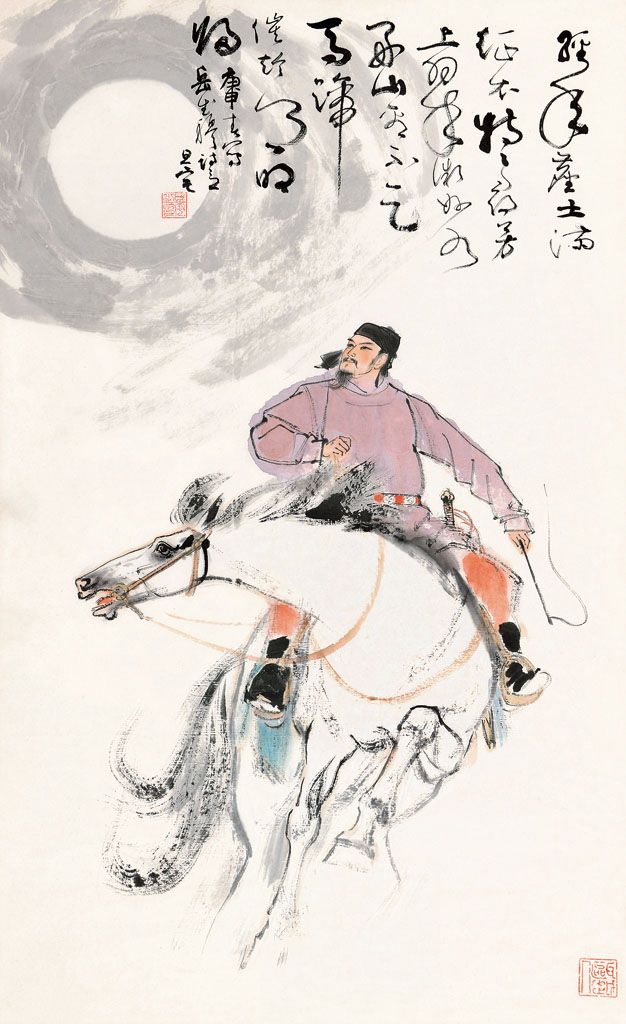
经年尘土满征衣，特特寻芳上翠微。